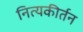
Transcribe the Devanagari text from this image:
नित्यकीर्तन